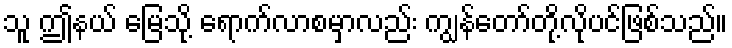
သူ ဤနယ် မြေသို့ ရောက်လာစမှာလည်း ကျွန်တော်တို့လိုပင်ဖြစ်သည်။